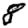
Digit: 8